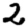
Digit: 2